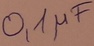
Text: 0,1µF